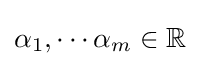
\alpha _{1},\cdots \alpha _{m}\in \mathbb {R}